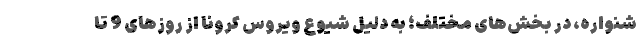
شنواره، در بخش‌های مختلف؛ به دلیل شیوع ویروس کرونا از روزهای 9 تا